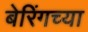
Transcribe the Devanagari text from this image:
बेरिंगच्या